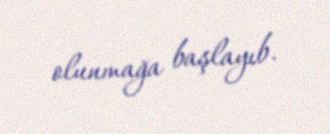
olunmağa başlayıb.